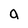
Character: a